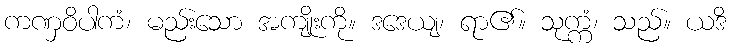
ကဏှဝိပါကံ၊ မည်းသော အကျိုးကို။ ဒဒေယျ၊ ရာ၏။ သုက္ကံ၊ သည်။ ယဒိ